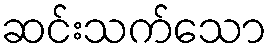
ဆင်းသက်သော